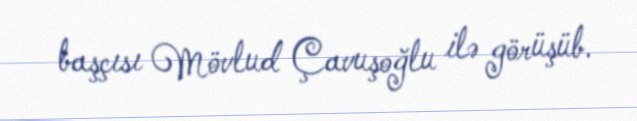
başçısı Mövlud Çavuşoğlu ilə görüşüb.